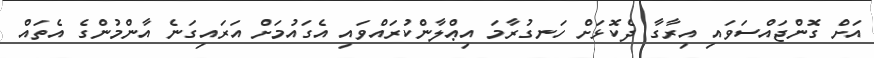
އަށް ގޮންޖައްސަވައި އިރާގާ ދެކޮޅަށް ހަނގުރާމަ އިޢްލާންކުރައްވައި އެގައުމަށް އަރައިގަނެ އާންމުންގެ އެތައް